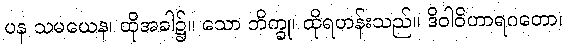
ပန သမယေန၊ ထိုအခါ၌။ သော ဘိက္ခု၊ ထိုရဟန်းသည်။ ဒိဝါဝိဟာရဂတော၊